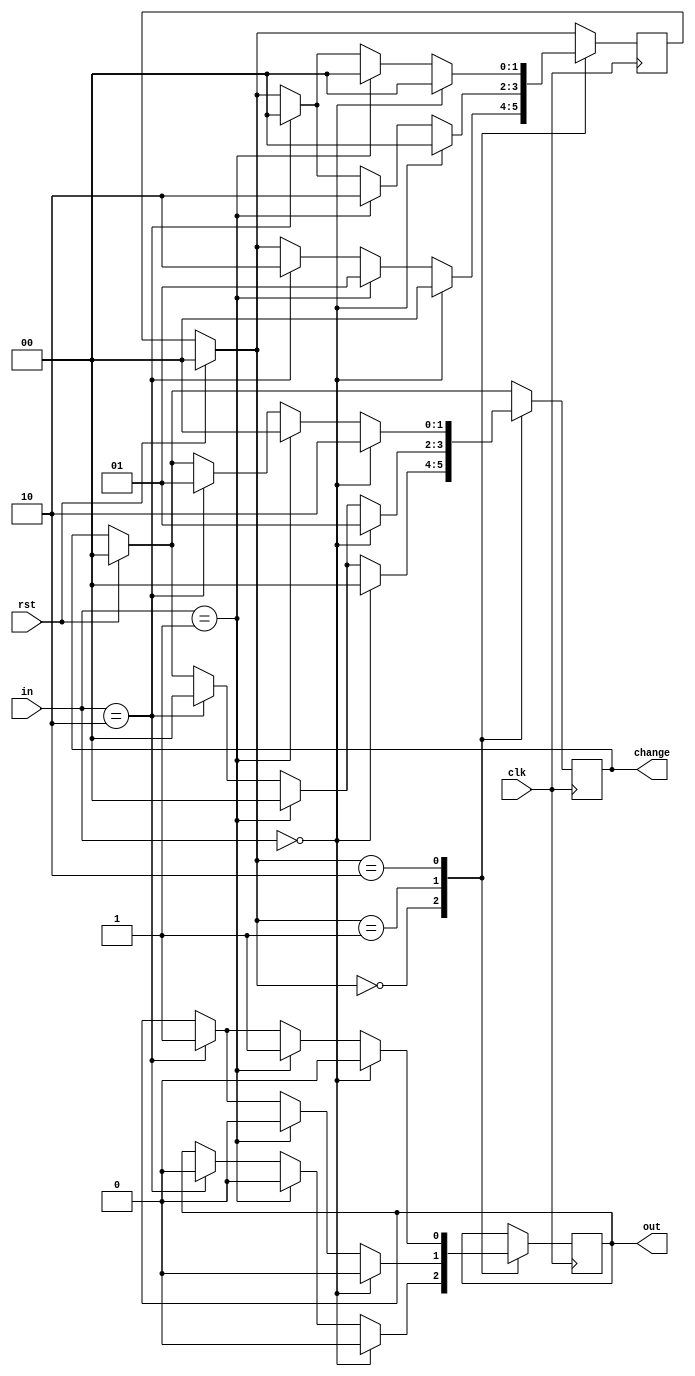
module vending_machine(
  input clk,
  input rst,
  input [1:0]in, 
  output reg out,
  output reg[1:0] change
  );

parameter s0 = 2'b00;
parameter s1 = 2'b01;
parameter s2 = 2'b10;
  
  reg[1:0] c_state,n_state;
  
  always@ (posedge clk)
    begin
      if(rst == 1)
        begin
          c_state = 0;
          n_state = 0;
          change = 2'b00;
        end
      else
        c_state = n_state;
      
      case(c_state)
        s0: //state 0 : 0 rs
        if(in == 0)
          begin
            n_state = s0;
            out = 0;
            change = 2'b00;
          end
        else if(in == 2'b01)
          begin
            n_state = s1;
            out = 0;
            change = 2'b00;
          end
        else if(in == 2'b10)
          begin
            n_state = s2;
            out = 0;
            change = 2'b00;
          end
        s1:  //state 1 : 5 rs
        if(in == 0)
          begin
            n_state = s0;
            out = 0;
            change = 2'b01; //change returned 5 rs-ideal
          end
        else if(in == 2'b01)
          begin
            n_state = s2;
            out = 0;
            change = 2'b00;
          end
        else if(in == 2'b10)
          begin
            n_state = s0;
            out = 1;//product returned
            change = 2'b00;
          end
        s2:  //state 2 : 10 rs
        if(in == 0)
          begin
            n_state = s0;
            out = 0;
            change = 2'b10;//change returned 10 rs-ideal
          end
        else if(in == 2'b01)
          begin
            n_state = s0;
            out = 1;//product returned
            change = 2'b00;
          end
        else if(in == 2'b10)
          begin
            n_state = s0;
            out = 1;//product returned
            change = 2'b01; //change returned 5 rs
          end
      endcase
    end 
endmodule